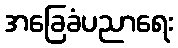
အခြေခံပညာရေး